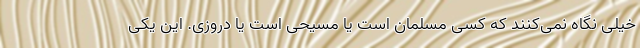
خیلی نگاه نمی‌کنند که کسی مسلمان است یا مسیحی است یا دروزی. این یکی